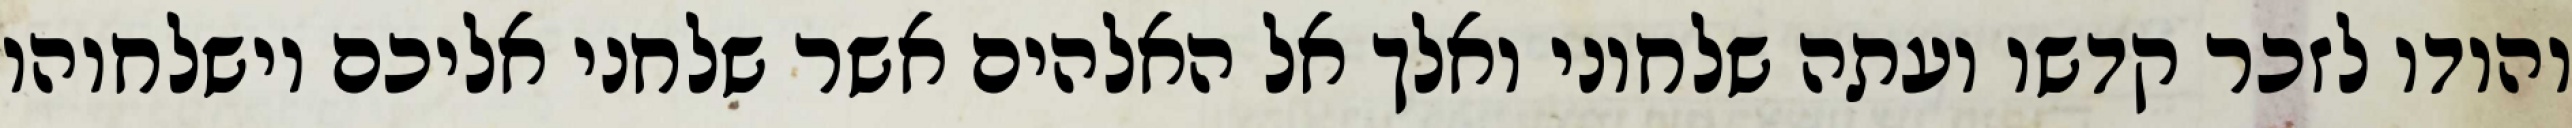
והודו לזכר קדשו ועתה שלחוני ואלך אל האלהים אשר שלחני אליכם וישלחוהו